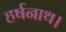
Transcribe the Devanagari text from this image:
हर्षनाथ।